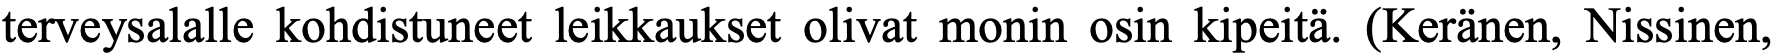
terveysalalle kohdistuneet leikkaukset olivat monin osin kipeitä. (Keränen, Nissinen,